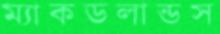
ম্যাকডলান্ডস